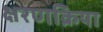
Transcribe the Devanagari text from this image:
क्षरणक्रिया